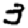
Digit: 3